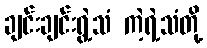
ချင်းချင်းရွဲ့သံ ကဲ့ရဲ့သံတို့